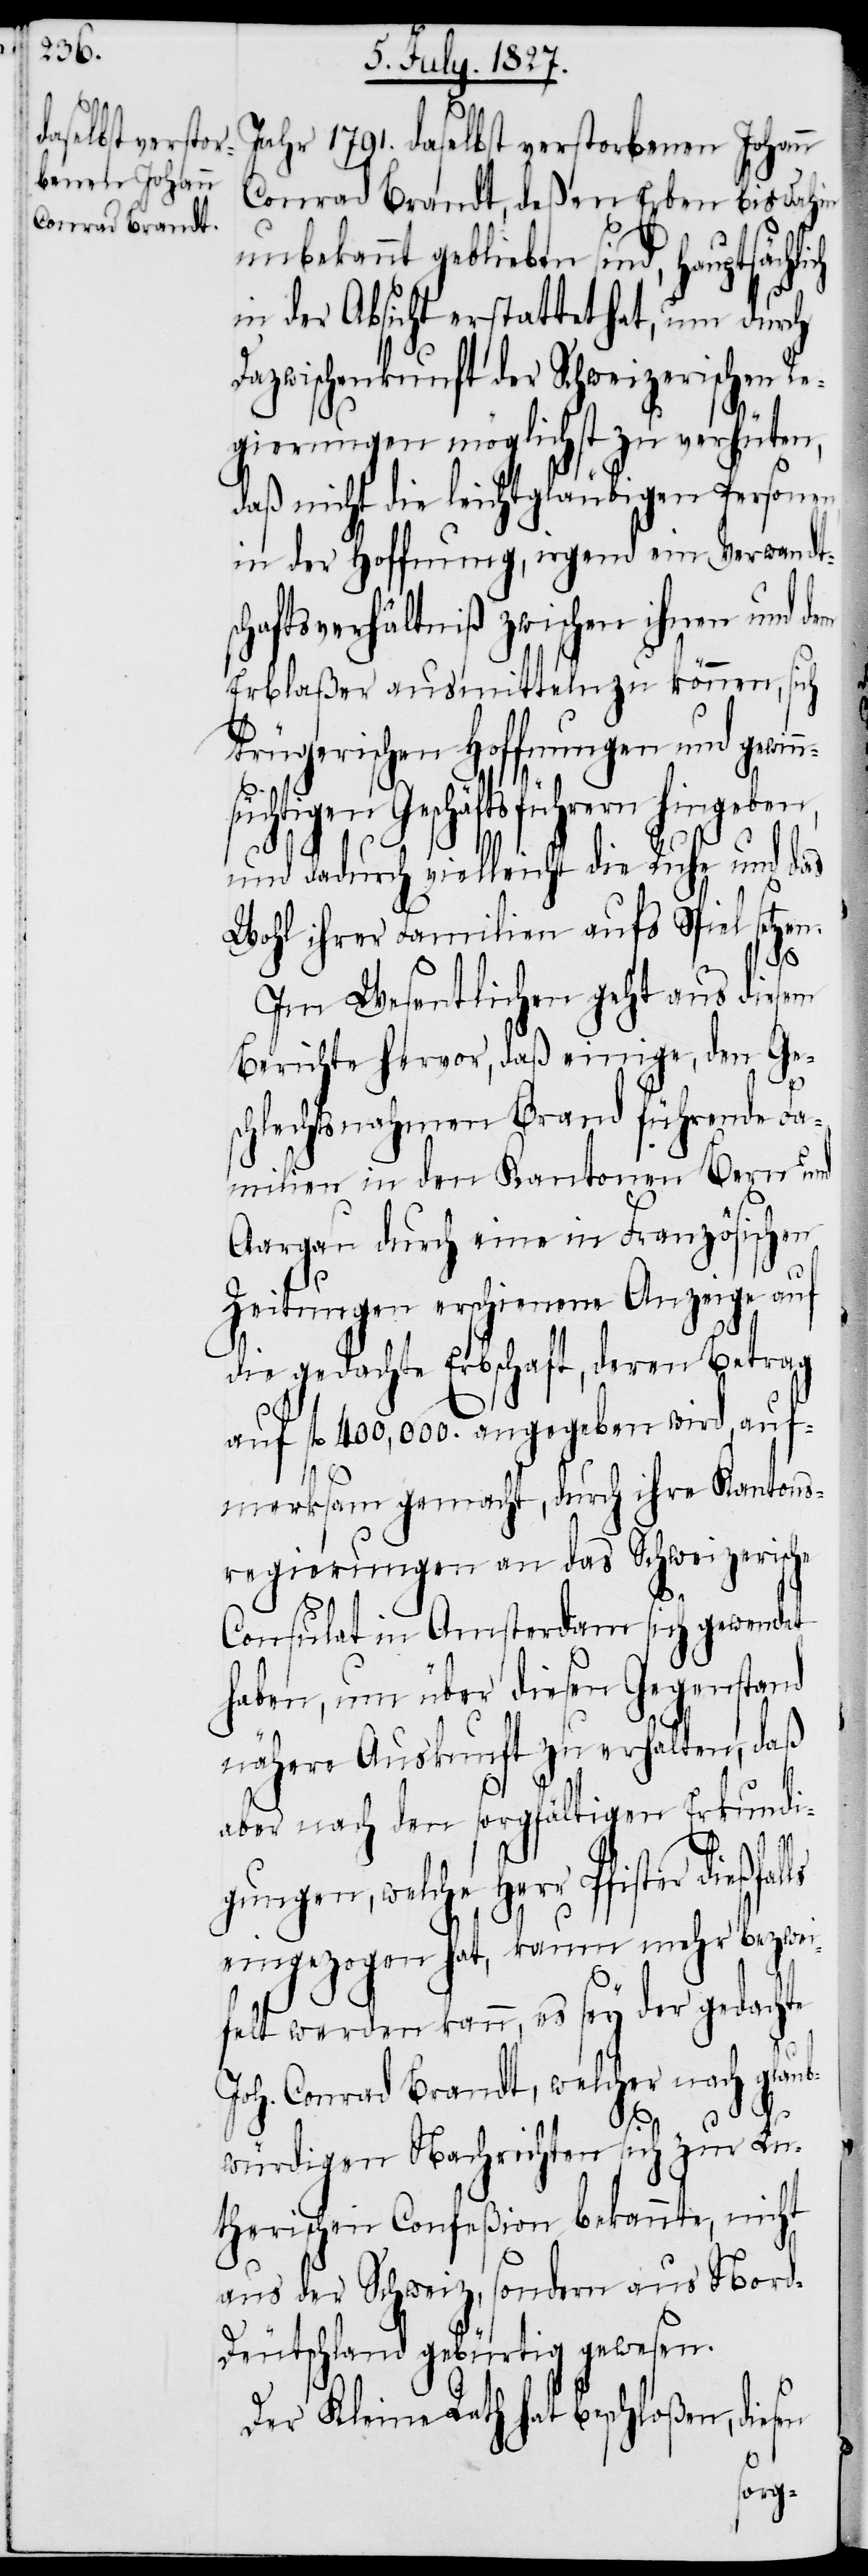
Jahr 1791. daselbst verstorbenen Johann
Conrad Brandt, deßen Erben bis dahin
unbekannt geblieben sind, Hauptsächl¬
in der Absicht erstattet hat, um durch
Dazwischenkunft der Schweizerischen Re¬
n¬
gierungen möglichst zu verhüten,
daß nicht die leichtgläubigen Personen
in der Hoffnung, irgend ein Verwandt¬
schaftsverhältniß zwischen ihnen und dem
Erblaßer ausmitteln zu können, sich
trügerischen Hoffnungen und gewin¬
süchtigen Geschäftsführern hingeben,
und dadurch vielleicht die Ruhe und das
Wohl ihrer Familien aufs Spiel setzen.
ich
Im Wesentlichen geht aus diesem
Berichte hervor, daß einige, den Ges¬
chlechtsnahmen Brand führende Fa¬
milien in den Kantonen Bern und
Aargau durch eine in Französischen
Zeitungen erschienene Anzeige auf
die gedachte Erbschaft, deren Betrag
auf fl. 400,000. angegeben wird, auf¬
merksam gemacht, durch ihre Kantons¬
regierungen an das Schweizerische
Consulat in Amsterdam sich gewendet
haben, um über diesen Gegenstand
nähere Auskunft zu erhalten, daß
aber nach den sorgfältigen Erkundi¬
gungen, welche Herr Pfister
eingezogen hat, kaum mehr bezwei¬
felt werden kann, es sey der gedachte
Joh. Conrad Brandt, welcher nach glaub¬
würdigen Nachrichten sich zur Lu¬
therischen Confeßion bekannte, nicht
aus der Schweiz, sondern aus Nor¬
d-Deutschland gebürtig gewesen.
Der Kleine Rath hat beschloßen, diesen